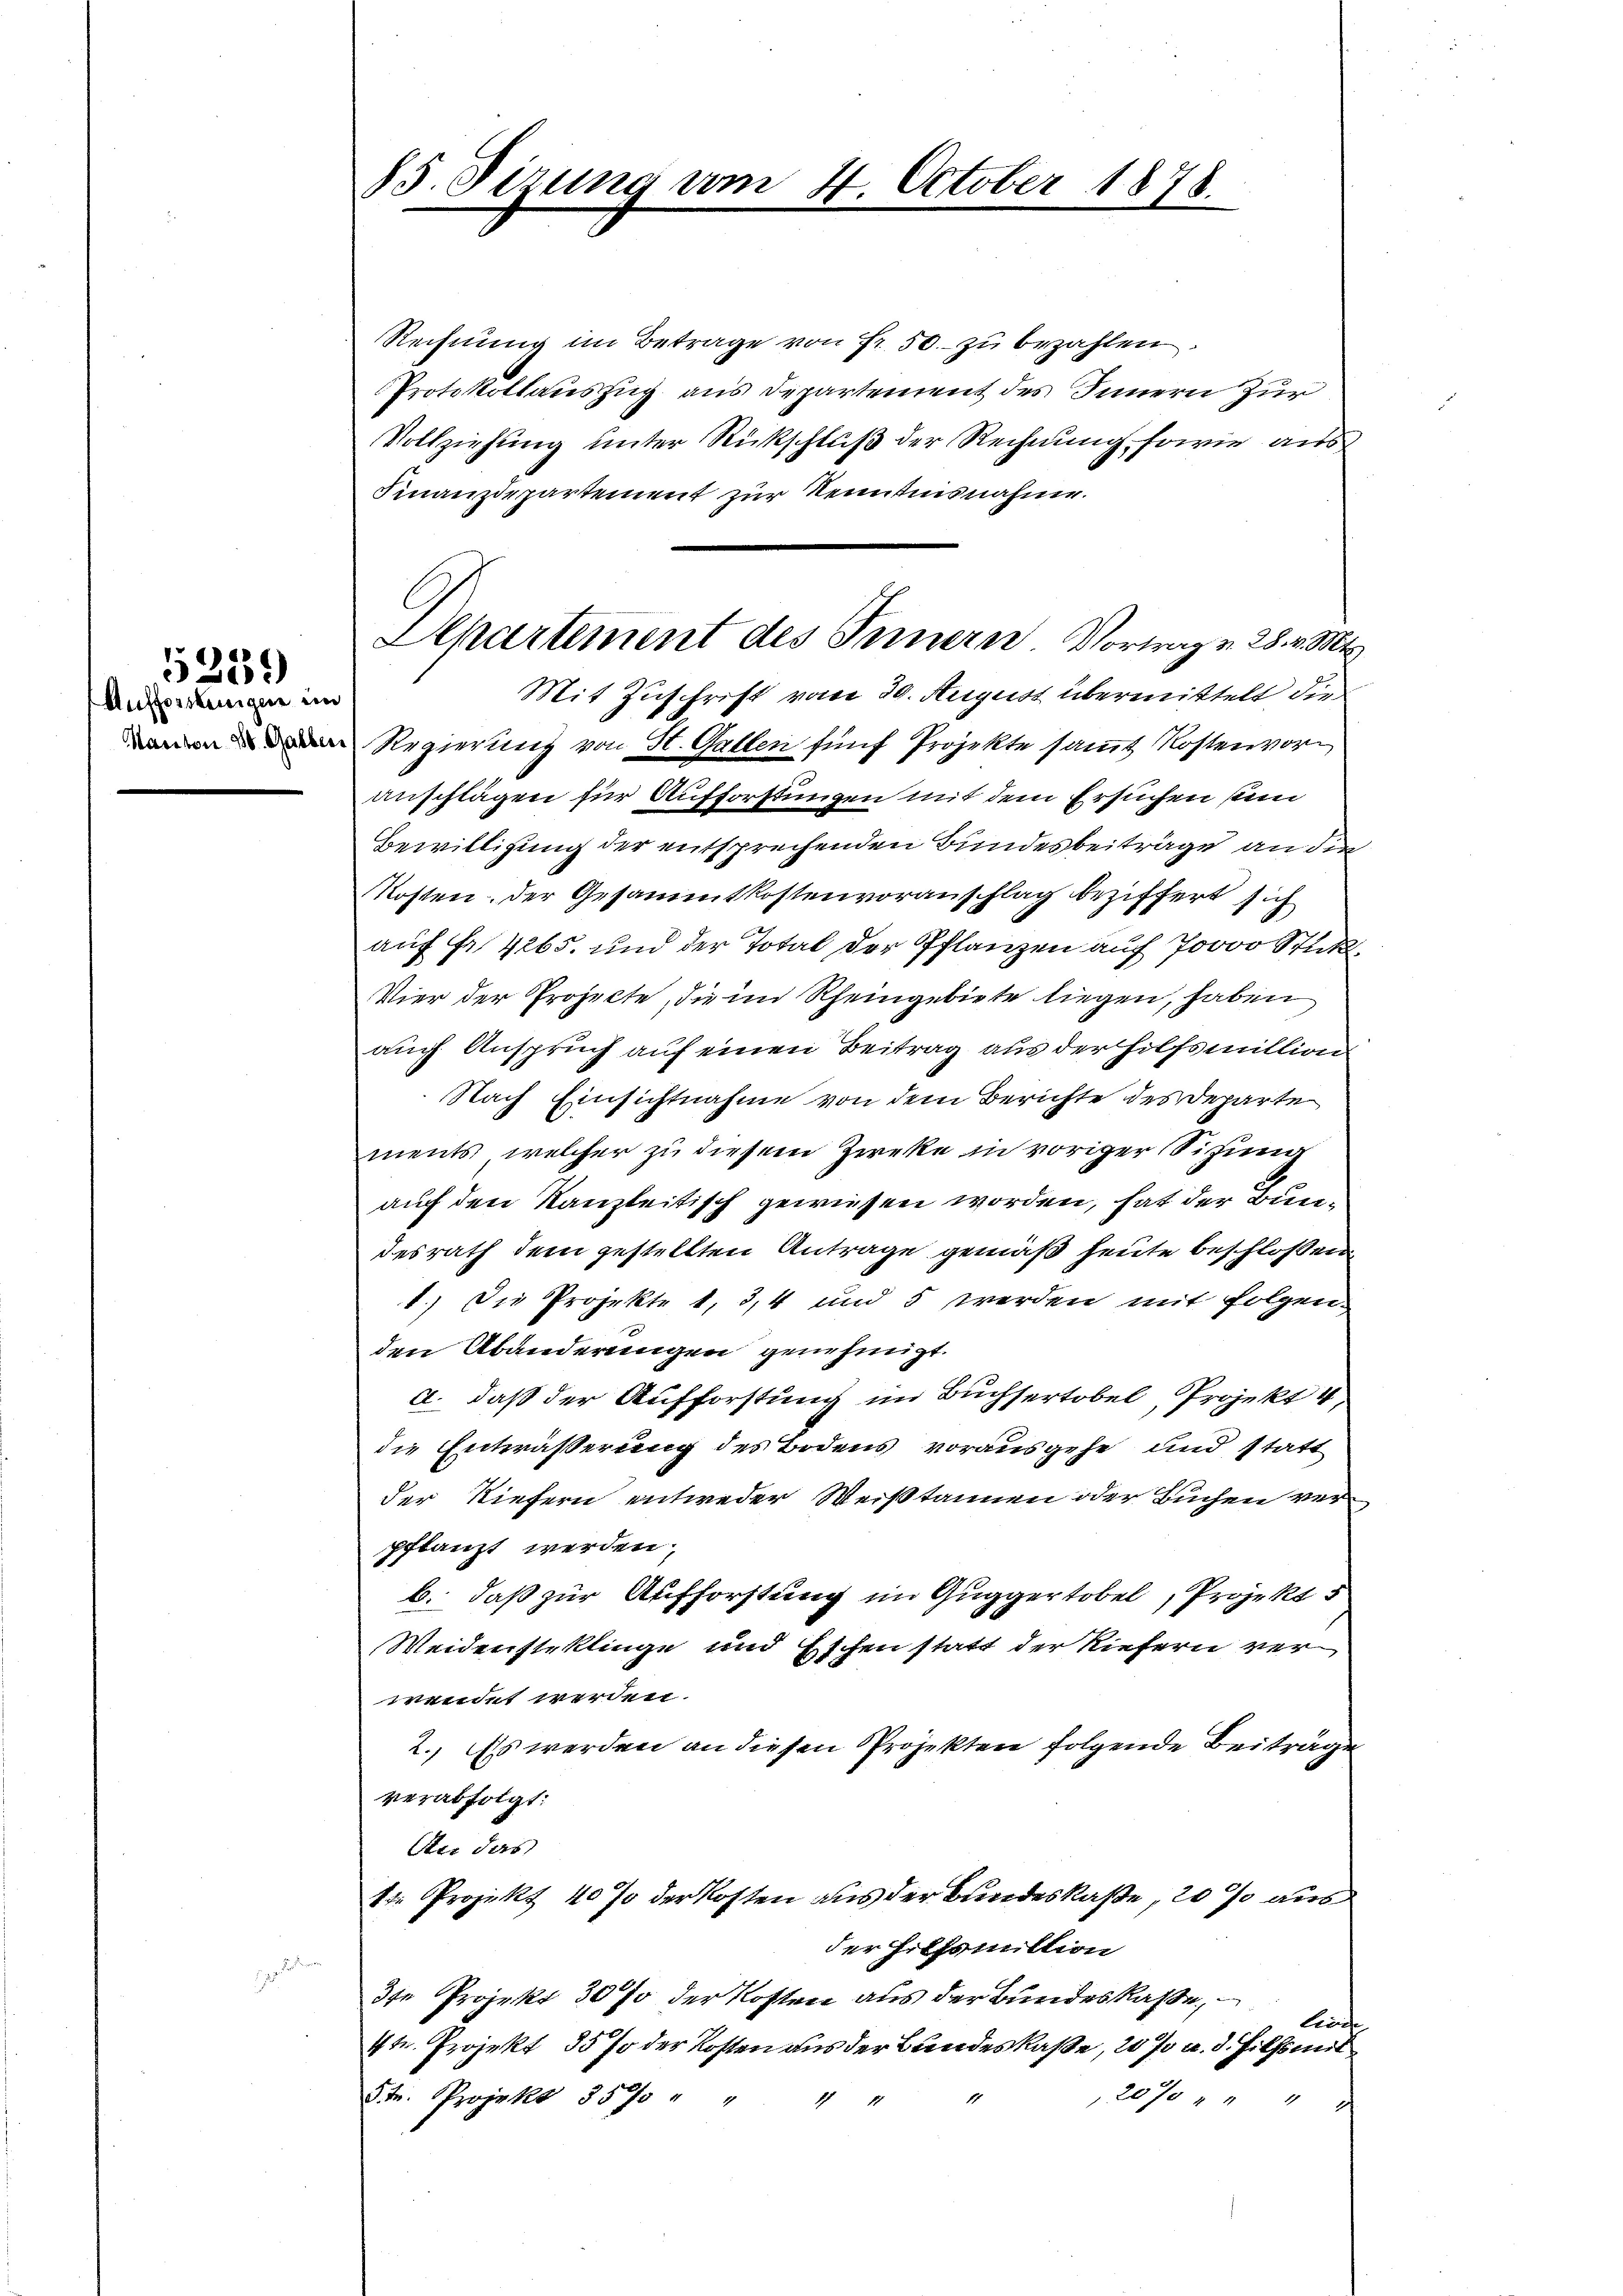
Aufforstenigen un
Kanton St. Galber

5359

85. Sirung vom 4. October 1878.

Aepartement des Innern Vortrag u. 28. v. Mts.
Mit Zuschrift vom 29. August übermittelt die

Rechnung im Betrage von Fr. 50. zu bezahlen.
Protokollauszug aus Departement des Innern zur
Vollziehung unter Rückschluß der Rechnung sowie aus
Finanzdepartement zur Kenntnisnahme.
Regierung von St. Gallen fünf Projekte samt Kostenvoranschlägen für Aufforstungen mit dem Ersuchen sein
Bewilligung der entsprechenden Bundesbeiträge an die
Kosten der Gesammtkostenvoranschlag beziffert sich
auf Fr. 4265. und der Total der Pflanzen auf 7000 Stick
Vier der Projekte, die im Rheingebiete liegen, haben
auch Anspruch auf einen Beitrag aus der Hilfsmillion
Nach Einsichtnahme von dem Berichte des Departe
ments, welcher zu diesem Zweke in voriger Sitzung
auf den Kanzleitisch gewiesen worden, hat der Bundesrath dem gestellten Antrage gemäß heute beschloßen
1.) Die Projekte 1, 34 und 5 werden mit folgen-
den Abänderungen genehmigt.
a. daß der Aufforstung im Buchsertobel, Projekt 4,
die Entwässerung des Bodens vorausgehe und statt
der Kiefern entweder Weißtannen oder Buchen verpflanzt werden.
b. daß zur Aufforstung im Guggertobel, Projekt 5
Weidensteklinge und Eschen statt der Riefern ver
wendet werden.
2. Es werden an diesen Projekten folgende Beiträge
verabfolgt:
An das
1. Projekt 40 % der Kosten aus der Bundeskasse, 20 % aus
der Hilfsmittion
3te Projekt 30% der Kosten aus der Bundeskasse,
livie
4te. Projekt 35 so der Kosten aus der Bundeskasse, 20 % u. d. Hilfsmit
Str. Projekt 35% " "
20% " " " "
17 1